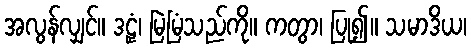
အလွန်လျှင်။ ဒဠှံ၊ မြဲမြံသည်ကို။ ကတွာ၊ ပြု၍။ သမာဒိယ၊